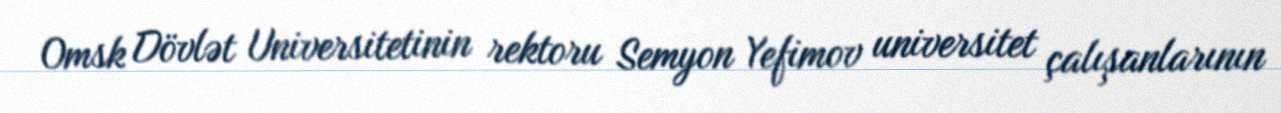
Omsk Dövlət Universitetinin rektoru Semyon Yefimov universitet çalışanlarının